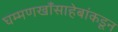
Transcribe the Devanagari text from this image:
घम्मणखाँसाहेबांकडून